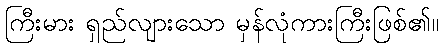
ကြီးမား ရှည်လျားသော မှန်လုံကားကြီးဖြစ်၏။